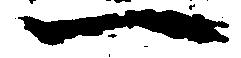
一